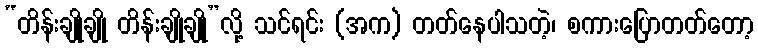
“တိန်းချိုချို တိန်းချိုချို”လို့ သင်ရင်း (အက) တတ်နေပါသတဲ့၊ စကားပြောတတ်တော့